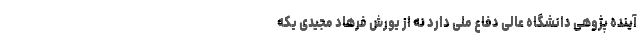
آینده‌ پژوهی دانشگاه عالی دفاع‌ ملی دارد نه از یورش فرهاد مجیدی یکه